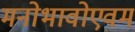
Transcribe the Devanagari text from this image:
मनोभावोएवम